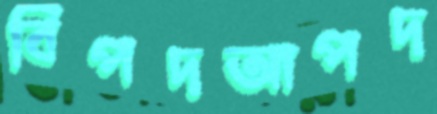
বিপদআপদ